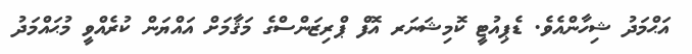
އަޙްމަދު ޝިހާންއެވެ. ޑެޕިއުޓީ ކޮމިޝަނަރ އޮފް ޕްރިޒަންސްގެ މަޤާމަށް އައްޔަން ކުރެއްވީ މުޙައްމަދު